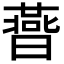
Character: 𣋅